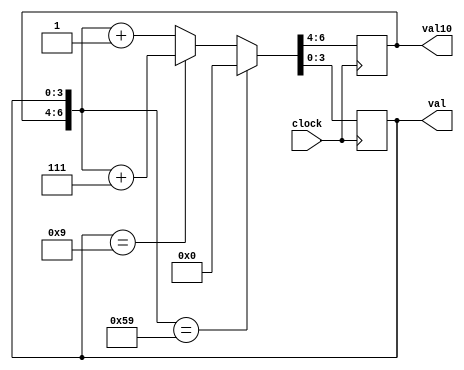
module count60(
	input wire clock,
	output reg[2:0] val10,
	output reg[3:0] val
);

initial begin
	val = 0;
	val10 = 0;
end

always @(negedge clock) begin
	if ({val10,val} == 7'h59)
		{val10,val} <= 0;
	else
		if (val == 4'h9)
			{val10,val} <= {val10,val} + 7'h07;
		else
			{val10,val} <= {val10,val} + 7'h01;
/*
	case ({val10,val})
	7'h_00: {val10,val} <= 7'h_01;
	7'h_01: {val10,val} <= 7'h_02;
	7'h_02: {val10,val} <= 7'h_03;
	7'h_03: {val10,val} <= 7'h_04;
	7'h_04: {val10,val} <= 7'h_05;
	7'h_05: {val10,val} <= 7'h_06;
	7'h_06: {val10,val} <= 7'h_07;
	7'h_07: {val10,val} <= 7'h_08;
	7'h_08: {val10,val} <= 7'h_09;
	7'h_09: {val10,val} <= 7'h_10;

	7'h_10: {val10,val} <= 7'h_11;
	7'h_11: {val10,val} <= 7'h_12;
	7'h_12: {val10,val} <= 7'h_13;
	7'h_13: {val10,val} <= 7'h_14;
	7'h_14: {val10,val} <= 7'h_15;
	7'h_15: {val10,val} <= 7'h_16;
	7'h_16: {val10,val} <= 7'h_17;
	7'h_17: {val10,val} <= 7'h_18;
	7'h_18: {val10,val} <= 7'h_19;
	7'h_19: {val10,val} <= 7'h_20;

	7'h_20: {val10,val} <= 7'h_21;
	7'h_21: {val10,val} <= 7'h_22;
	7'h_22: {val10,val} <= 7'h_23;
	7'h_23: {val10,val} <= 7'h_24;
	7'h_24: {val10,val} <= 7'h_25;
	7'h_25: {val10,val} <= 7'h_26;
	7'h_26: {val10,val} <= 7'h_27;
	7'h_27: {val10,val} <= 7'h_28;
	7'h_28: {val10,val} <= 7'h_29;
	7'h_29: {val10,val} <= 7'h_30;

	7'h_30: {val10,val} <= 7'h_31;
	7'h_31: {val10,val} <= 7'h_32;
	7'h_32: {val10,val} <= 7'h_33;
	7'h_33: {val10,val} <= 7'h_34;
	7'h_34: {val10,val} <= 7'h_35;
	7'h_35: {val10,val} <= 7'h_36;
	7'h_36: {val10,val} <= 7'h_37;
	7'h_37: {val10,val} <= 7'h_38;
	7'h_38: {val10,val} <= 7'h_39;
	7'h_39: {val10,val} <= 7'h_40;

	7'h_40: {val10,val} <= 7'h_41;
	7'h_41: {val10,val} <= 7'h_42;
	7'h_42: {val10,val} <= 7'h_43;
	7'h_43: {val10,val} <= 7'h_44;
	7'h_44: {val10,val} <= 7'h_45;
	7'h_45: {val10,val} <= 7'h_46;
	7'h_46: {val10,val} <= 7'h_47;
	7'h_47: {val10,val} <= 7'h_48;
	7'h_48: {val10,val} <= 7'h_49;
	7'h_49: {val10,val} <= 7'h_50;

	7'h_50: {val10,val} <= 7'h_51;
	7'h_51: {val10,val} <= 7'h_52;
	7'h_52: {val10,val} <= 7'h_53;
	7'h_53: {val10,val} <= 7'h_54;
	7'h_54: {val10,val} <= 7'h_55;
	7'h_55: {val10,val} <= 7'h_56;
	7'h_56: {val10,val} <= 7'h_57;
	7'h_57: {val10,val} <= 7'h_58;
	7'h_58: {val10,val} <= 7'h_59;
	7'h_59: {val10,val} <= 7'h_00;

	default: {val10,val} <= 7'h_00;
	endcase
*/
end
	
endmodule